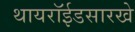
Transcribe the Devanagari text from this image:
थायरॉईडसारखे